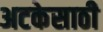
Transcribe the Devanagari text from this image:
अटकेसाठी